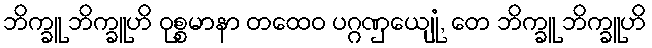
ဘိက္ခူ ဘိက္ခူဟိ ဝုစ္စမာနာ တထေဝ ပဂ္ဂဏှေယျုံ, တေ ဘိက္ခူ ဘိက္ခူဟိ